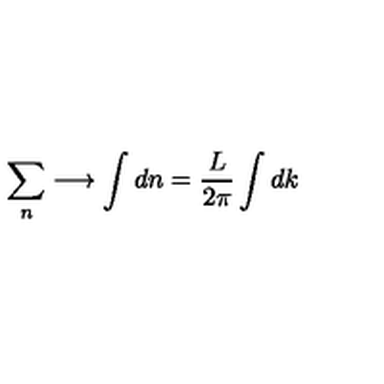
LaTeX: \sum _ { n } \longrightarrow \int d n = \frac { L } { 2 \pi } \int d k